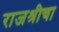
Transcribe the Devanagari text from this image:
राजश्रीचा